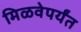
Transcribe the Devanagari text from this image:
मिळवेपर्यंत